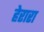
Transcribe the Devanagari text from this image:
हेरारा